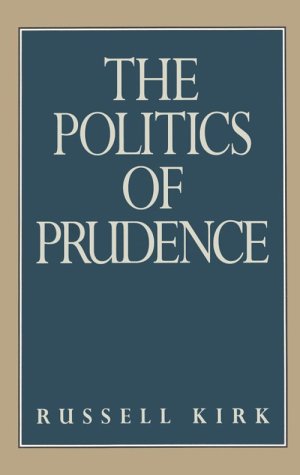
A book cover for The Politics of Prudence; Russell Kirk; Politics & Social Sciences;